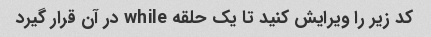
کد زیر را ویرایش کنید تا یک حلقه while در آن قرار گیرد